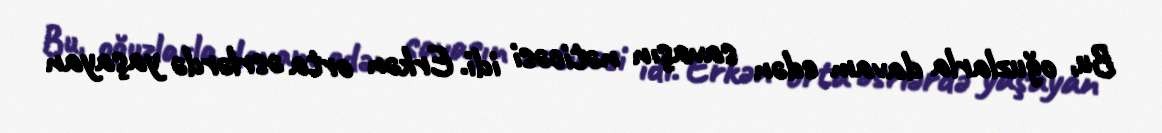
Bu, oğuzlarla davam edən savaşın nəticəsi idi. Erkən orta əsrlərdə yaşayan